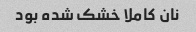
نان کاملا خشک شده بود